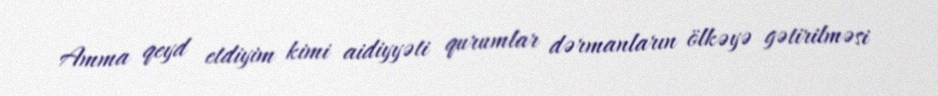
Amma qeyd etdiyim kimi aidiyyəti qurumlar dərmanların ölkəyə gətirilməsi